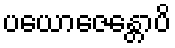
ပယောဇေန္တောပိ